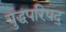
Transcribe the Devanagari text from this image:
युद्धपरिषद्